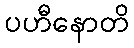
ပဟီနောတိ